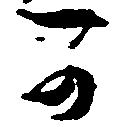
可